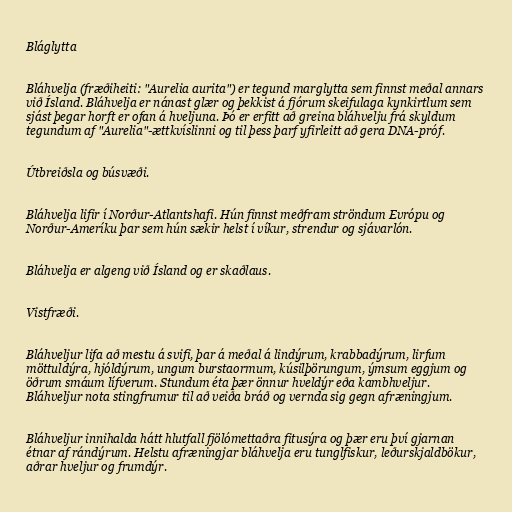
Bláglytta

Bláhvelja (fræðiheiti: "Aurelia aurita") er tegund marglytta sem finnst meðal annars
við Ísland. Bláhvelja er nánast glær og þekkist á fjórum skeifulaga kynkirtlum sem
sjást þegar horft er ofan á hveljuna. Þó er erfitt að greina bláhvelju frá skyldum
tegundum af "Aurelia"-ættkvíslinni og til þess þarf yfirleitt að gera DNA-próf.

Útbreiðsla og búsvæði.

Bláhvelja lifir í Norður-Atlantshafi. Hún finnst meðfram ströndum Evrópu og
Norður-Ameríku þar sem hún sækir helst í víkur, strendur og sjávarlón.

Bláhvelja er algeng við Ísland og er skaðlaus.

Vistfræði.

Bláhveljur lifa að mestu á svifi, þar á meðal á lindýrum, krabbadýrum, lirfum
möttuldýra, hjóldýrum, ungum burstaormum, kúsilþörungum, ýmsum eggjum og
öðrum smáum lífverum. Stundum éta þær önnur hveldýr eða kambhveljur.
Bláhveljur nota stingfrumur til að veiða bráð og vernda sig gegn afræningjum.

Bláhveljur innihalda hátt hlutfall fjölómettaðra fitusýra og þær eru því gjarnan
étnar af rándýrum. Helstu afræningjar bláhvelja eru tunglfiskur, leðurskjaldbökur,
aðrar hveljur og frumdýr.